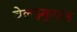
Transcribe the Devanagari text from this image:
वेलझ्कुएज